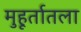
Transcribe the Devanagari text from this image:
मुहूर्तातला